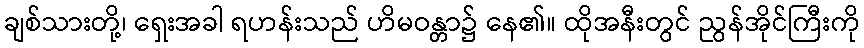
ချစ်သားတို့၊ ရှေးအခါ ရဟန်းသည် ဟိမဝန္တာ၌ နေ၏။ ထိုအနီးတွင် ညွန်အိုင်ကြီးကို